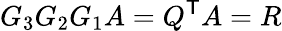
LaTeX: G_{3}G_{2}G_{1}A=Q^{\textsf{T}}A=R